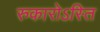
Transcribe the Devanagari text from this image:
रुकारोऽस्ति